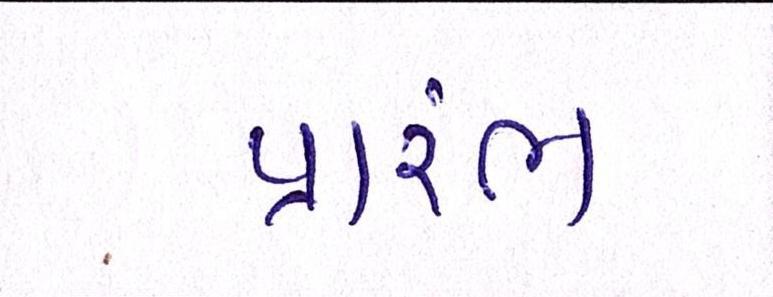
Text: પ્રારંભ